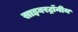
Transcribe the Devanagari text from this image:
साइबरट्राॅनीय